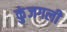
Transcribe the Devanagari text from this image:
कुंजगली